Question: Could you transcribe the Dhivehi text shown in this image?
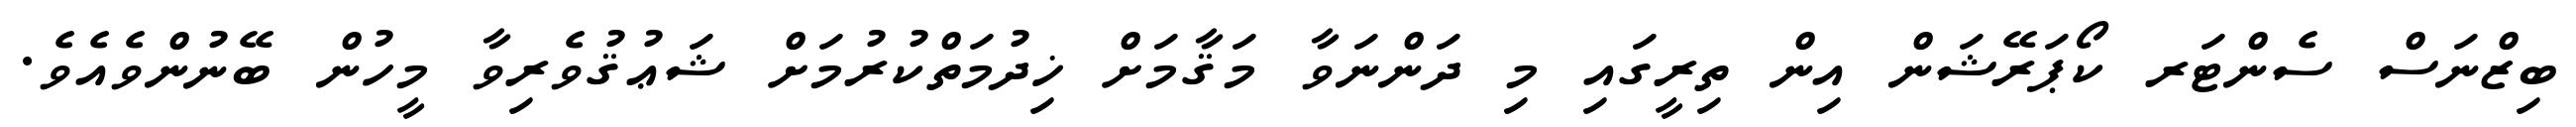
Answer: ބިޒްނަސް ސެންޓަރ ކޯޕަރޭޝަން އިން ތިރީގައި މި ދަންނަވާ މަޤާމަށް ޚިދުމަތްކުރުމަށް ޝަޢުޤުވެރިވާ މީހުން ބޭނުންވެއެވެ.